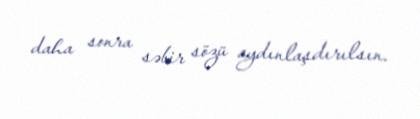
daha sonra səbir sözü aydınlaşdırılsın.